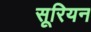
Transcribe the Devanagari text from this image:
सूरियन